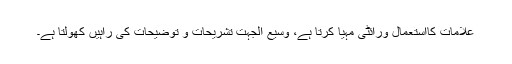
علامات کااستعمال ورائٹی مہیا کرتا ہے، وسیع الجہت تشریحات و توضیحات کی راہیں کھولتا ہے۔